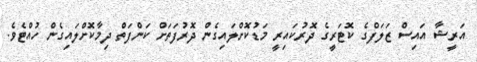
އަރީޝާ އައިސް ޒަލަފްގެ ކޮޓަރީގެ ދޮރުކައިރީ މަޑުކޮށްލައިގެން ދޮރުފަތަށް ކަންފަތް ދިމާކޮށްލައިގެން ހުއްޓެވެ.